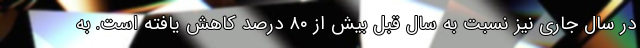
در سال جاری نیز نسبت به سال قبل بیش از ۸۰ درصد کاهش یافته است. به